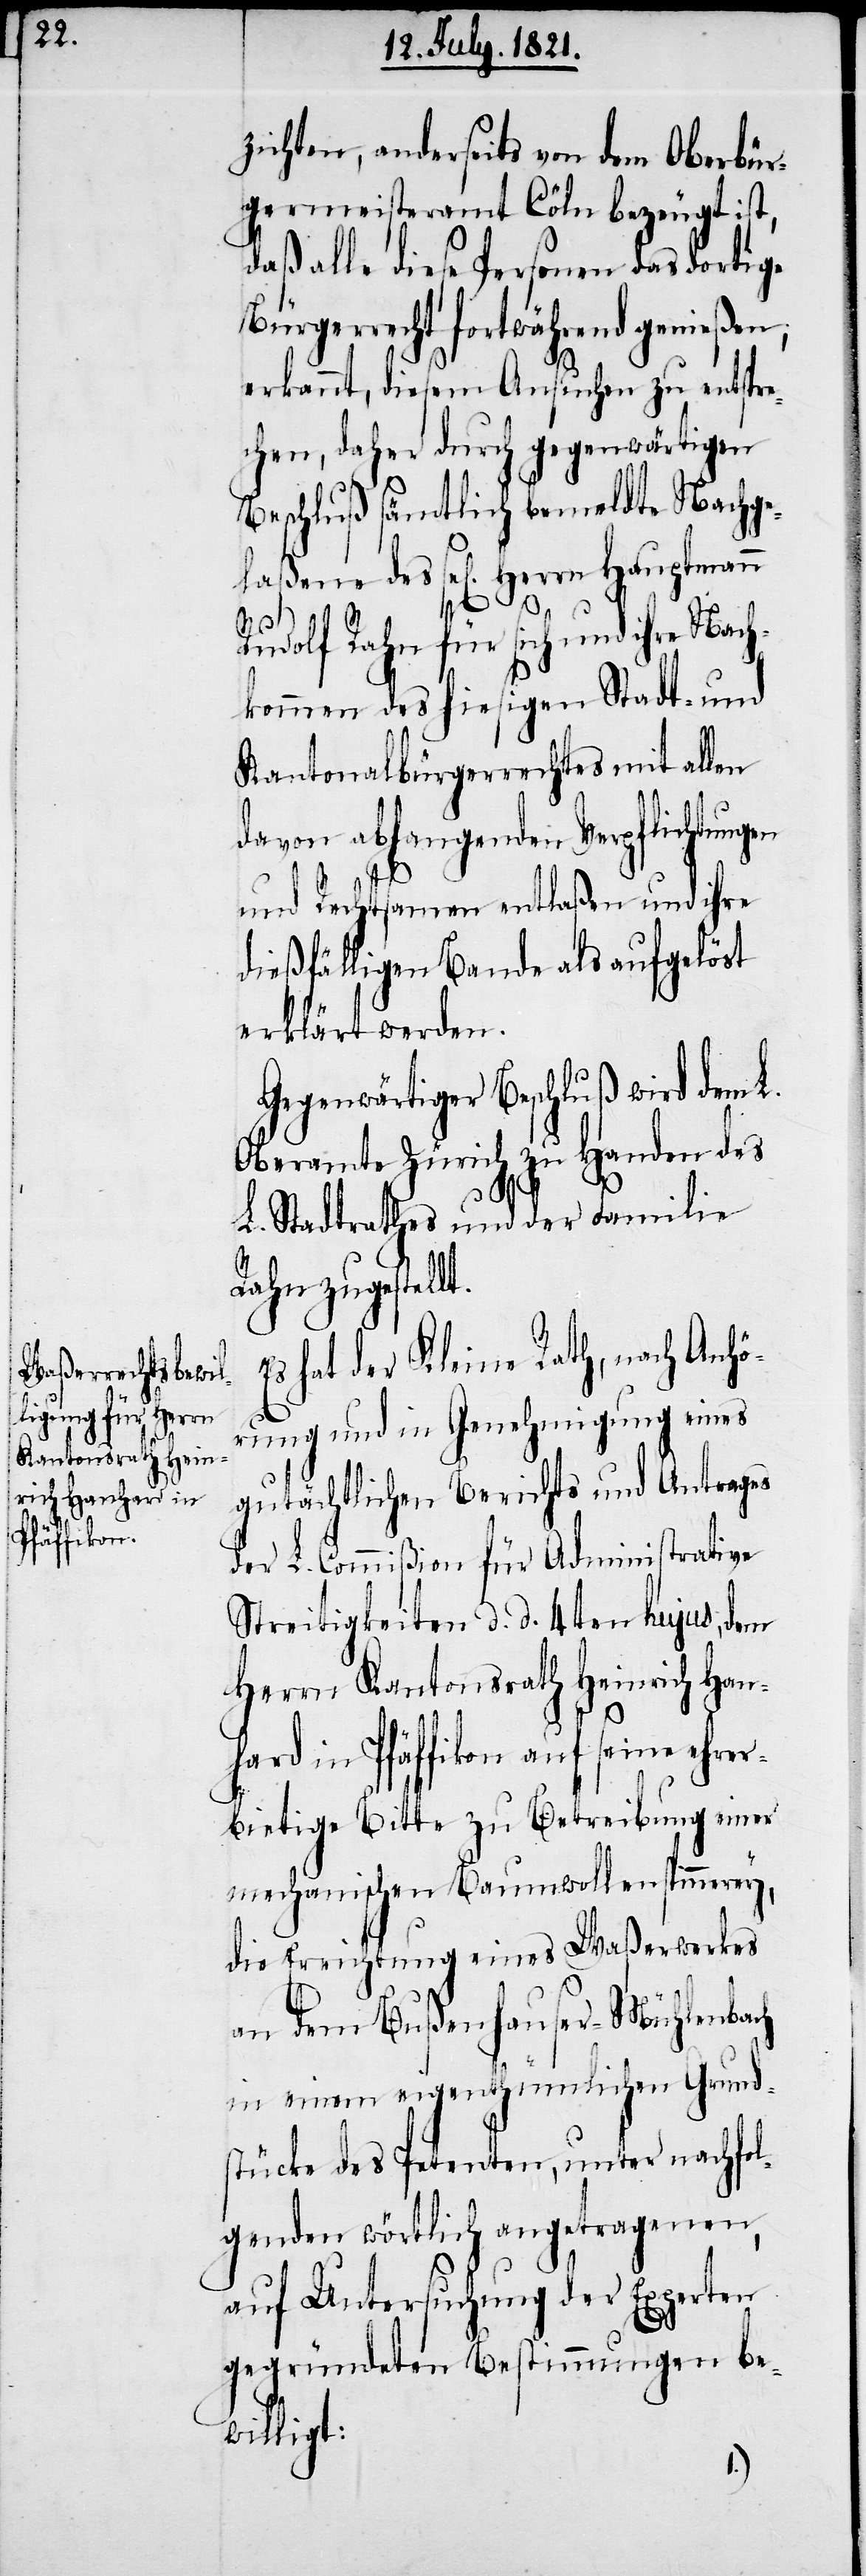
zichten, anderseits von dem Oberbür¬
germeisteramt Cöln bezeugt ist,
daß alle diese Personen das dortige
Bürgerrecht fortwährend genießen,
erkannt, diesem Ansuchen zu entspre¬
chen, daher durch gegenwärtigen
Beschluß sämtlich bemeldte Nachge¬
Rudolf Rahn für sich und ihre Na¬
kommen des hiesigen Stadt- und
Kantonalbürgerrechtes mit allen
davon abhangenden Verpflichtungen
E¬
und Rechtsamen entlaßen und ihre
dießfälligen Bande als aufgelöst
erklärt werden.
Gegenwärtiger Beschluß wird dem L.
Oberamte Zürich zu Handen des
L. Stadtrathes und der Familie
Rahn zugestell¬
s hat der Kleine Rath, nach Anhö¬
rung und in Genehmigung eines
gutächtlichen Berichts und Antrages
der L. Commißion für Administrative
Streitigkeiten d. d. 4ten hujus, dem
Herrn Kantonsrath Heinrich Han¬
hard in Pfäffikon auf seine ehrer¬
bietige Bitte zu Betreibung einer
mechanischen Baumwollenspinnerey,
die Errichtung eines Waßerwerkes
an dem Bußenhauser-Mühlenbach
in einem eigenthümlichen Grund¬
stücke des Petenten, unter nachfol¬
genden wörtlich angetragenen,
auf Untersuchung der Experten
gegründeten Bestimmungen be¬
willigt: